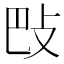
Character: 𢻷